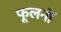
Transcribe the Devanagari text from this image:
फूलनों